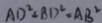
A D ^ { 2 } + B D ^ { 2 } = A B ^ { 2 }